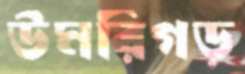
উমরিগড়